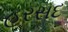
હરસદ